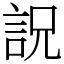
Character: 詋